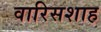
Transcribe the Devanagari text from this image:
वारिसशाह